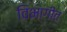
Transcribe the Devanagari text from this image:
विभागीत